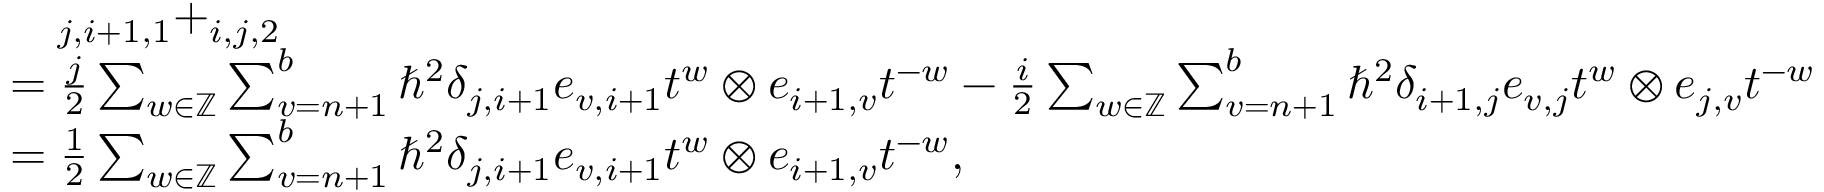
\begin{array} { r l } & { \quad _ { j , i + 1 , 1 } + _ { i , j , 2 } } \\ & { = \frac { j } { 2 } \sum _ { w \in \mathbb { Z } } \sum _ { v = n + 1 } ^ { b } \hbar ^ { 2 } \delta _ { j , i + 1 } e _ { v , i + 1 } t ^ { w } \otimes e _ { i + 1 , v } t ^ { - w } - \frac { i } { 2 } \sum _ { w \in \mathbb { Z } } \sum _ { v = n + 1 } ^ { b } \hbar ^ { 2 } \delta _ { i + 1 , j } e _ { v , j } t ^ { w } \otimes e _ { j , v } t ^ { - w } } \\ & { = \frac { 1 } { 2 } \sum _ { w \in \mathbb { Z } } \sum _ { v = n + 1 } ^ { b } \hbar ^ { 2 } \delta _ { j , i + 1 } e _ { v , i + 1 } t ^ { w } \otimes e _ { i + 1 , v } t ^ { - w } , } \end{array}